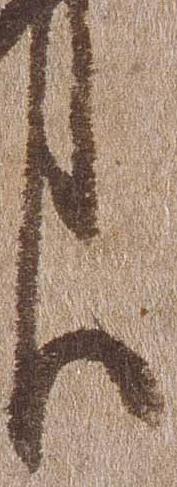
臣